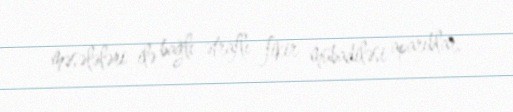
məsələləri ilə bağlı ətraflı fikir mübadiləsi aparıblar.